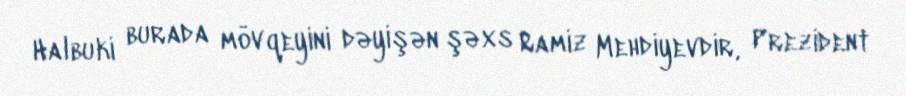
Halbuki burada mövqeyini dəyişən şəxs Ramiz Mehdiyevdir, Prezident